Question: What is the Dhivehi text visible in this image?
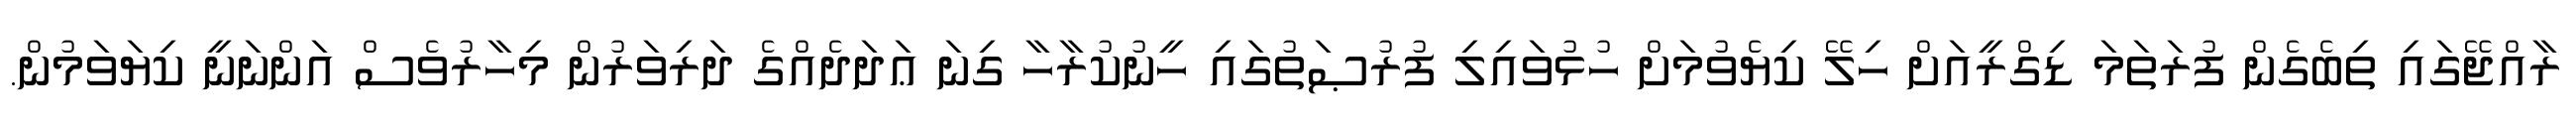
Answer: ރާއްޖޭގައި ތިބެގެން ފުރަތަމަ ޑިގްރީއަށް ހިލޭ ކިޔެވުމަށް ހުޅުވައިލި ފުރުޞަތުގައި ހީނުކުރާހާ ގިނަ ޢަދަދެއްގެ ދަރިވަރުން މިހާރުވެސް އަންނަނީ ކިޔަވަމުން.